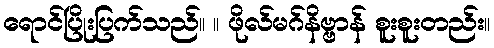
ရောင်ပြိုးပြက်သည်။ ။ ဖိုလ်မဂ်နိဗ္ဗာန် စူးစူးတည်း။